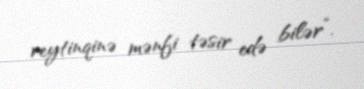
reytinqinə mənfi təsir edə bilər”.